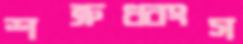
শত্রুধ্বংস